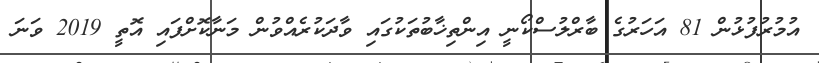
އުމުރުފުޅުން 81 އަހަރުގެ ބާރްލުސްކޯނީ އިންތިޚާބުތަކުގައި ވާދަކުރެއްވުން މަނާކޮށްފައި އޮތީ 2019 ވަނަ